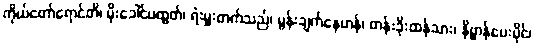
ကိုယ်တော်ရောင်တိ၊ မိုးခေါင်ပထွတ်၊ ရဲးမှူးတက်သည်၊ မွန်းချက်နေဟန်၊ တန်းခိုးထန်သား၊ နိဗ္ဗာန်ပေးပိုင်၊